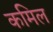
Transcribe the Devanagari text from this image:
कमिल